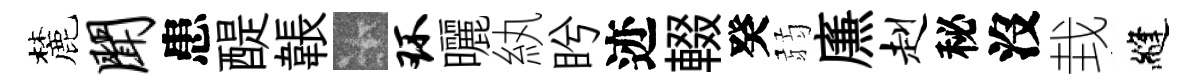
麓闻患醍韔卡环曬紈盻迹輟癸弱㢘赳秘沒㘽縫